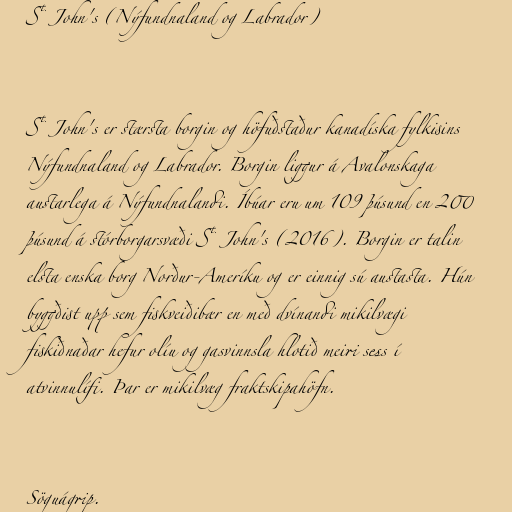
St. John's (Nýfundnaland og Labrador)

St. John's er stærsta borgin og höfuðstaður kanadíska fylkisins
Nýfundnaland og Labrador. Borgin liggur á Avalonskaga
austarlega á Nýfundnalandi. Íbúar eru um 109 þúsund en 200
þúsund á stórborgarsvæði St. John's (2016). Borgin er talin
elsta enska borg Norður-Ameríku og er einnig sú austasta. Hún
byggðist upp sem fiskveiðibær en með dvínandi mikilvægi
fiskiðnaðar hefur olíu og gasvinnsla hlotið meiri sess í
atvinnulífi. Þar er mikilvæg fraktskipahöfn.

Söguágrip.